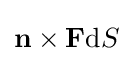
\mathbf {n} \times \mathbf {F} \mathrm {d} S